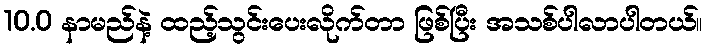
10.0 နာမည်နဲ့ ထည့်သွင်းပေးလိုက်တာ ဖြစ်ပြီး အသစ်ပါလာပါတယ်။